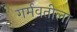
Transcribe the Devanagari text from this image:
गर्मवतीला